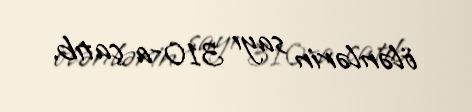
ölənlərin sayı 310-a çatıb.